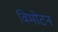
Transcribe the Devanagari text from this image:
विमोटन